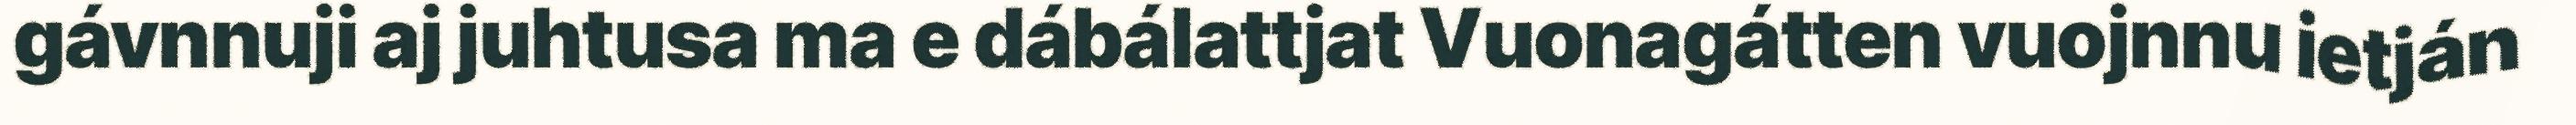
gávnnuji aj juhtusa ma e dábálattjat Vuonagátten vuojnnu ietján